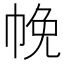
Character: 㡈